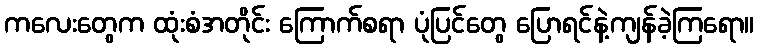
ကလေးတွေက ထုံးစံအတိုင်း ကြောက်စရာ ပုံပြင်တွေ ပြောရင်နဲ့ကျန်ခဲ့ကြရော။